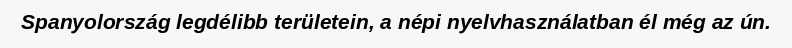
Spanyolország legdélibb területein, a népi nyelvhasználatban él még az ún.